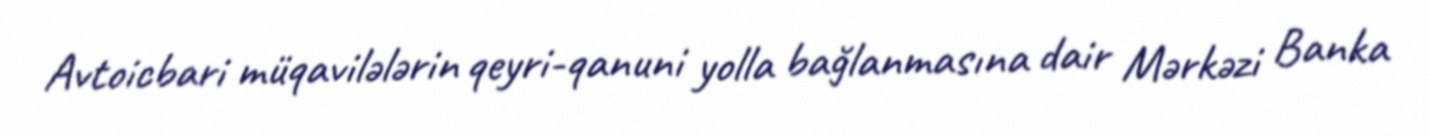
Avtoicbari müqavilələrin qeyri-qanuni yolla bağlanmasına dair Mərkəzi Banka